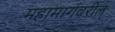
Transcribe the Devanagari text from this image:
महामार्गवरील